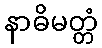
နာဓိမတ္တံ